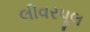
લીવરપૂલ